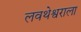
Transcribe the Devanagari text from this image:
लवथेश्वराला